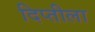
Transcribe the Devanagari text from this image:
दिप्तीला